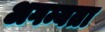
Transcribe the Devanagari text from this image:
अगम्यता